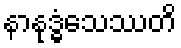
နာနုဒ္ဓံသေဿတိ